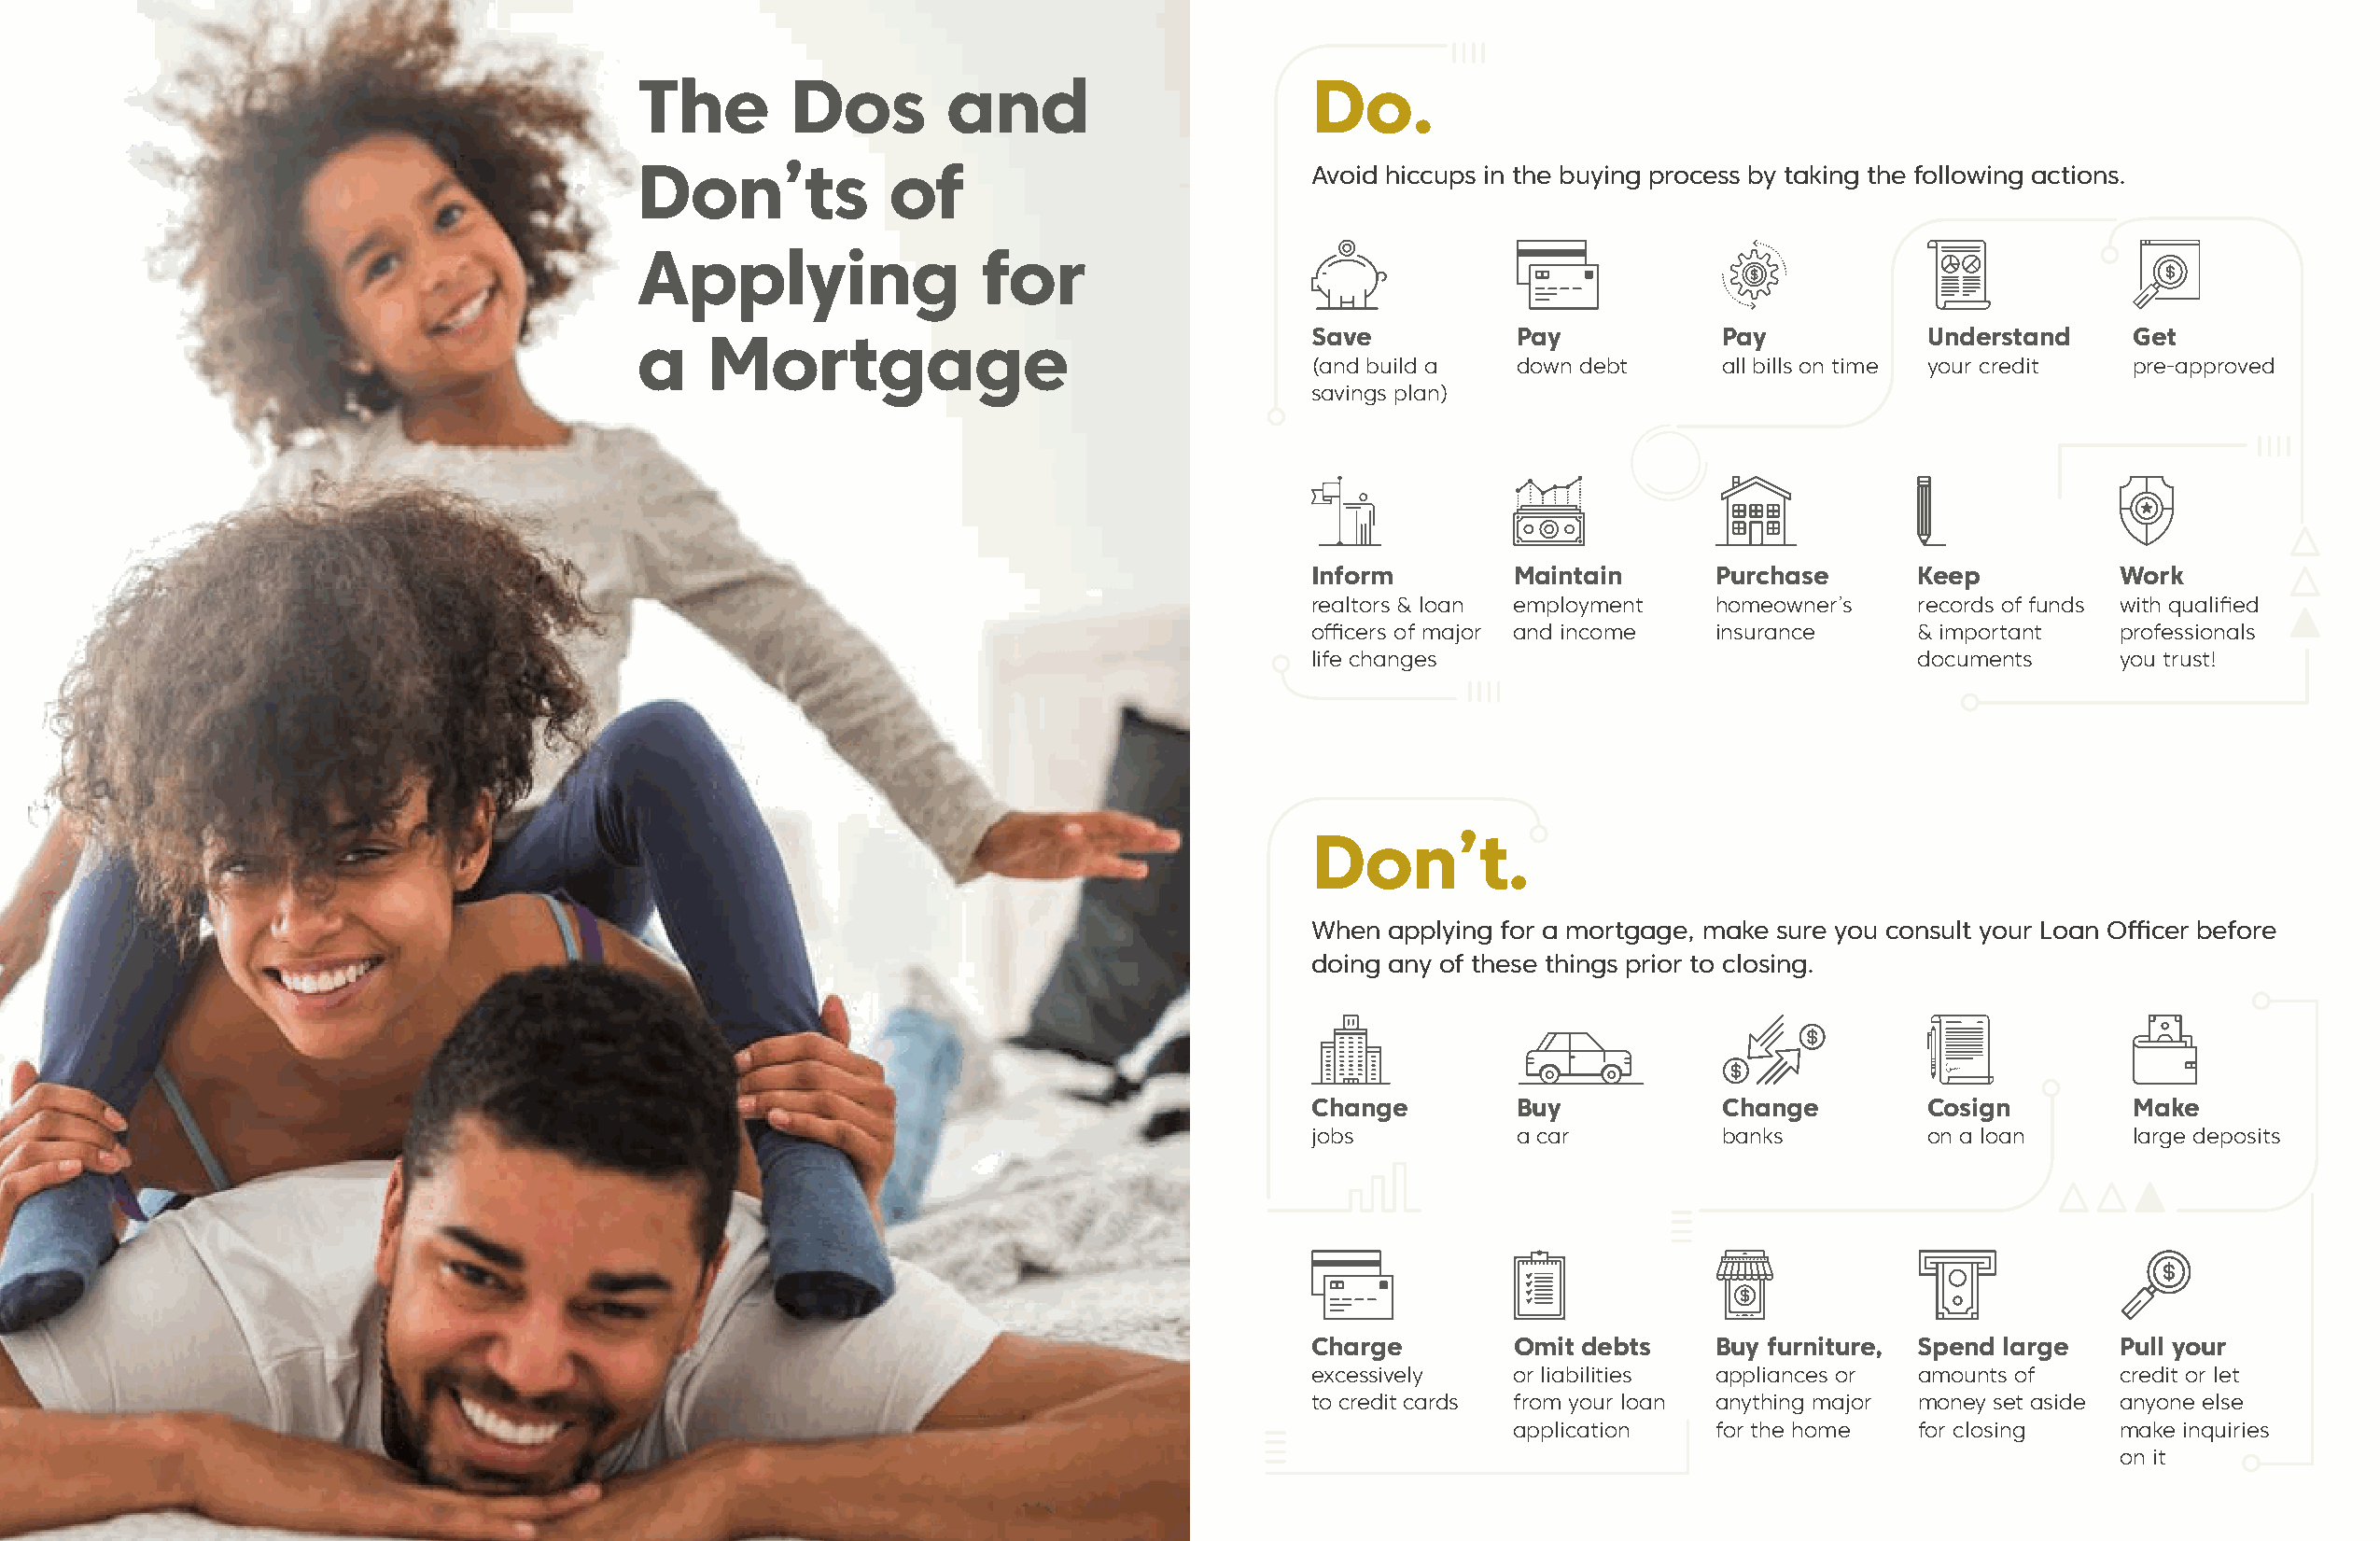
The        Dos        and                       Do.
 Don’ts            of                            Avoid hiccups in the buying process by taking the following actions.
 Applying                 for
 Save           Pay           Pay            Understand    Get
 a    Mortgage
 (and build a   down debt     all bills on time your credit pre-approved
 savings plan)
 Inform        Maintain       Purchase      Keep          Work
 realtors & loan employment   homeowner’s   records of funds with qualified
 officers of major and income insurance     & important   professionals
 life changes                               documents     you trust!
 Don’t.
 When applying for a mortgage, make sure you consult your Loan Officer before
 doing any of these things prior to closing.
 Change         Buy           Change         Cosign        Make
 jobs           a car         banks          on a loan     large deposits
 Charge        Omit debts     Buy furniture, Spend large  Pull your
 excessively   or liabilities appliances or amounts of    credit or let
 to credit cards from your loan anything major money set aside anyone else
 application    for the home  for closing   make inquiries
 on it